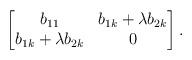
LaTeX: \begin{align*}\begin{bmatrix}b_{11} & b_{1k} + \lambda b_{2k} \\b_{1k} + \lambda b_{2k} & 0\end{bmatrix} .\end{align*}